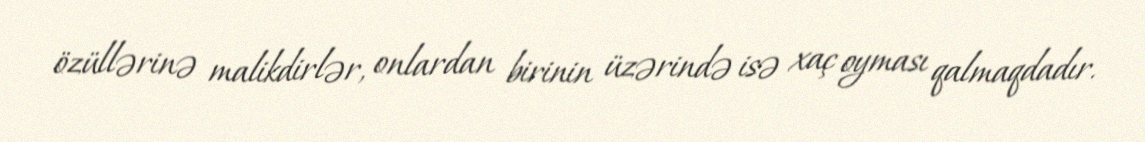
özüllərinə malikdirlər, onlardan birinin üzərində isə xaç oyması qalmaqdadır.